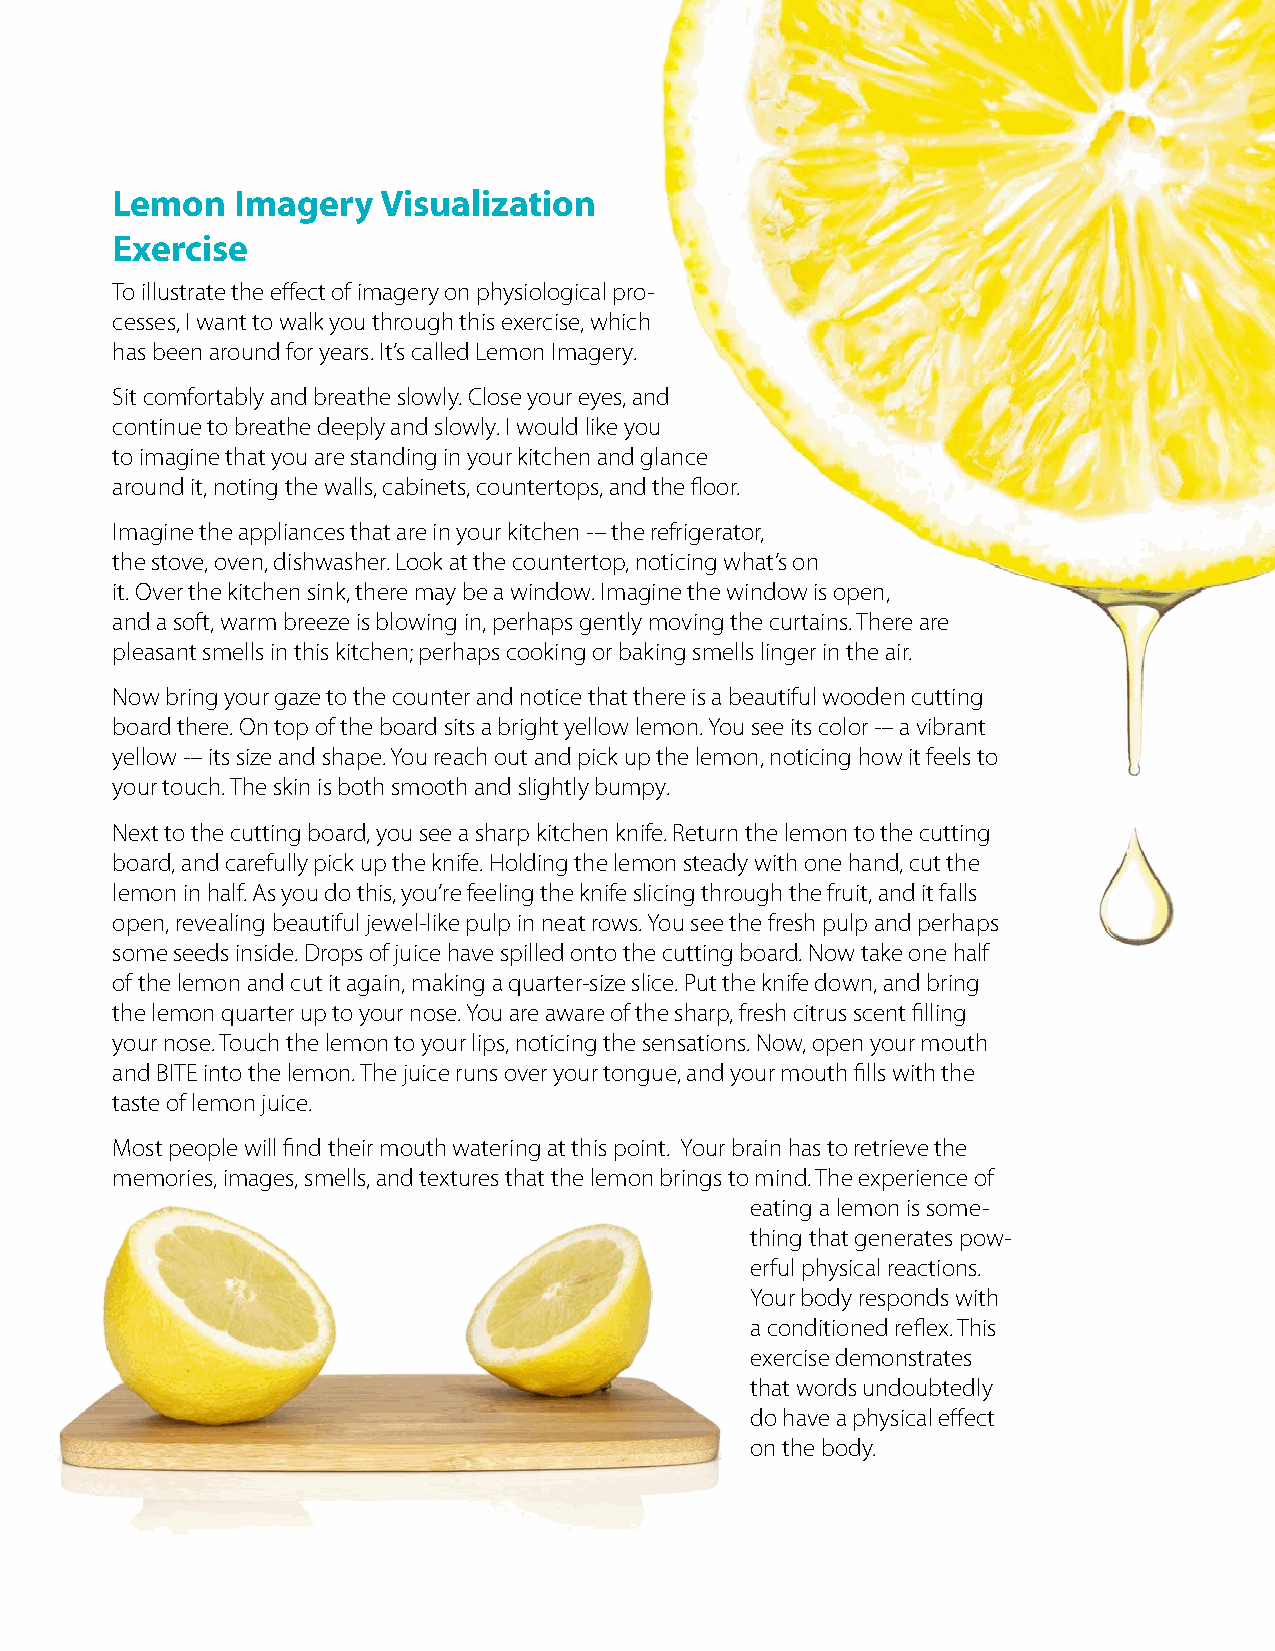
Lemon    Imagery  Visualization
 Exercise
 To illustrate the effect of imagery on physiological pro-
 cesses, I want to walk you through this exercise, which
 has been around for years. It’s called Lemon Imagery.
 Sit comfortably and breathe slowly. Close your eyes, and
 continue to breathe deeply and slowly. I would like you
 to imagine that you are standing in your kitchen and glance
 around it, noting the walls, cabinets, countertops, and the floor.
 Imagine the appliances that are in your kitchen -– the refrigerator,
 the stove, oven, dishwasher. Look at the countertop, noticing what’s on
 it. Over the kitchen sink, there may be a window. Imagine the window is open,
 and a soft, warm breeze is blowing in, perhaps gently moving the curtains. There are
 pleasant smells in this kitchen; perhaps cooking or baking smells linger in the air.
 Now bring your gaze to the counter and notice that there is a beautiful wooden cutting
 board there. On top of the board sits a bright yellow lemon. You see its color -– a vibrant
 yellow -– its size and shape. You reach out and pick up the lemon, noticing how it feels to
 your touch. The skin is both smooth and slightly bumpy.
 Next to the cutting board, you see a sharp kitchen knife. Return the lemon to the cutting
 board, and carefully pick up the knife. Holding the lemon steady with one hand, cut the
 lemon in half. As you do this, you’re feeling the knife slicing through the fruit, and it falls
 open, revealing beautiful jewel-like pulp in neat rows. You see the fresh pulp and perhaps
 some seeds inside. Drops of juice have spilled onto the cutting board. Now take one half
 of the lemon and cut it again, making a quarter-size slice. Put the knife down, and bring
 the lemon quarter up to your nose. You are aware of the sharp, fresh citrus scent filling
 your nose. Touch the lemon to your lips, noticing the sensations. Now, open your mouth
 and BITE into the lemon. The juice runs over your tongue, and your mouth fills with the
 taste of lemon juice.
 Most people will find their mouth watering at this point. Your brain has to retrieve the
 memories, images, smells, and textures that the lemon brings to mind. The experience of
 eating a lemon is some-
 thing that generates pow-
 erful physical reactions.
 Your body responds with
 a conditioned reflex. This
 exercise demonstrates
 that words undoubtedly
 do have a physical effect
 on the body.